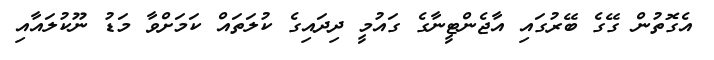
އެގޮތުން ގޭގެ ބޭރުގައި އާޖެންޓީނާގެ ގައުމީ ދިދައިގެ ކުލަތައް ކަމަށްވާ މަޑު ނޫކުލައާއި